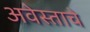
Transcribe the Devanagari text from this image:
अवेस्ताचे